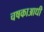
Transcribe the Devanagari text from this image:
चषकाआधी